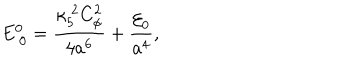
E _ { ~ 0 } ^ { 0 } = { \frac { \kappa _ { 5 } ^ { ~ 2 } C _ { \phi } ^ { 2 } } { 4 a ^ { 6 } } } + { \frac { { \cal E } _ { 0 } } { a ^ { 4 } } } ,